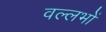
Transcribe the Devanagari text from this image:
वल्लभों